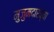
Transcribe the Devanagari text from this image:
मुजुमदारच्या